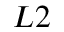
L 2